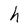
Character: h